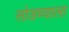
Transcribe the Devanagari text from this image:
सोडण्याला